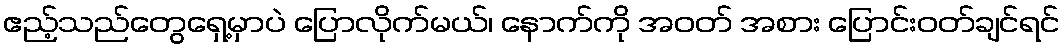
ဧည့်သည်တွေရှေ့မှာပဲ ပြောလိုက်မယ်၊ နောက်ကို အဝတ် အစား ပြောင်းဝတ်ချင်ရင်